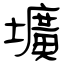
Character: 壙